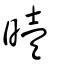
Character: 曀